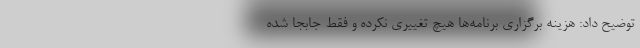
توضیح داد: هزینه‌ برگزاری برنامه‌ها هیچ تغییری نکرده و فقط جابجا شده